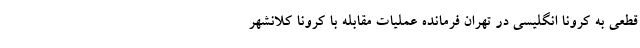
قطعی به کرونا انگلیسی در تهران فرمانده عملیات مقابله با کرونا کلانشهر